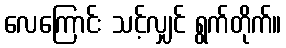
လေကြောင်း သင့်လျှင် ရွက်တိုက်။